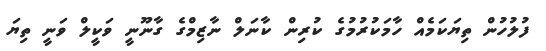
ފުލުހުން ތިޔަކަމެއް ހާމަކުރުުމުގެ ކުރިން ކާނަލް ނާޒިމްގެ ގާނޫނީ ވަކީލް ވަނީ ތިޔަ